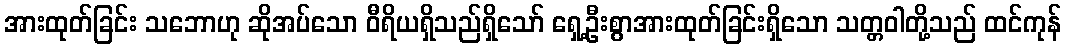
အားထုတ်ခြင်း သဘောဟု ဆိုအပ်သော ဝီရိယရှိသည်ရှိသော် ရှေ့ဦးစွာအားထုတ်ခြင်းရှိသော သတ္တဝါတို့သည် ထင်ကုန်